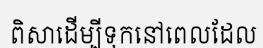
ពិសាដើម្បីទុកនៅពេលដែល